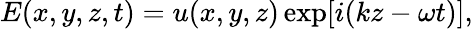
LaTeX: E(x,y,z,t)=u(x,y,z)\exp[i(kz-\omega t)],